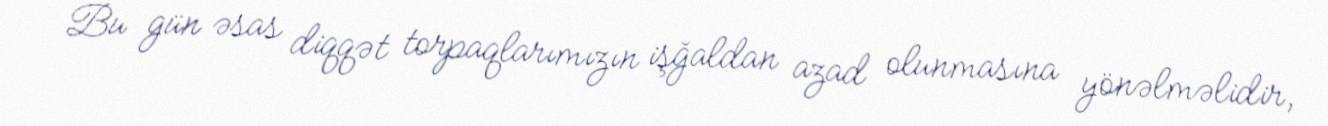
Bu gün əsas diqqət torpaqlarımızın işğaldan azad olunmasına yönəlməlidir,